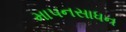
માપનસાધન